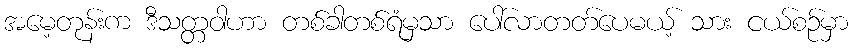
အမေ့တုန်းက ဒီသတ္တဝါဟာ တစ်ခါတစ်ရံမှသာ ပေါ်လာတတ်ပေမယ့် သား ငယ်စဉ်မှာ